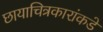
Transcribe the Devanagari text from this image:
छायाचित्रकारांकडे